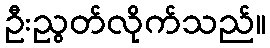
ဦးညွတ်လိုက်သည်။